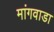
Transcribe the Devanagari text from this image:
मांगवाडा